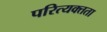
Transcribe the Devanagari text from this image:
परित्यक्तता